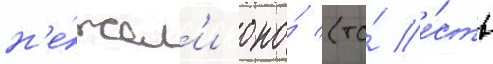
н'е́жел'и оно́ (то́ е́сть